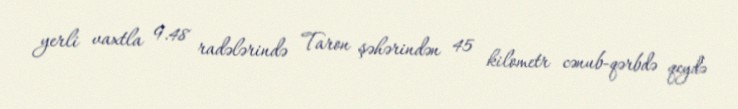
yerli vaxtla 9.48 radələrində Taron şəhərindən 45 kilometr cənub-qərbdə qeydə